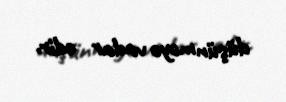
düşünməyə vadar edir.